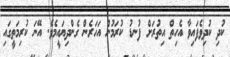
ކުދި ކުދިވެފައިވާ އެހިތް އިތުރަށް ފުނޑު ކުރަމުން އަހަރެން ގެންދިޔައީމެވެ. އޭނަ ކުރިމަތީގައި